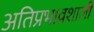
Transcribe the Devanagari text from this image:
अतिप्रभावशाली